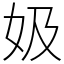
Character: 㚫